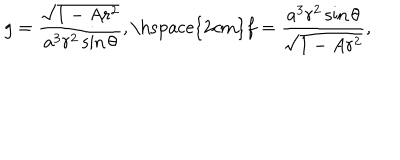
g = \frac { \sqrt { 1 - A r ^ { 2 } } } { a ^ { 3 } r ^ { 2 } \sin \theta } , \mathrm { \hspace { 2 c m } } f = \frac { a ^ { 3 } r ^ { 2 } \sin \theta } { \sqrt { 1 - A r ^ { 2 } } } ,